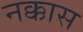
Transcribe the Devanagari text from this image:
नक्कास